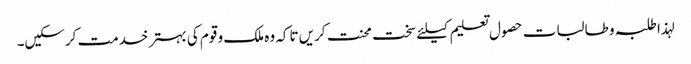
لہذا طلبہ و طالبات حصول تعلیم کیلئے سخت محنت کریں تاکہ وہ ملک و قوم کی بہتر خدمت کرسکیں۔